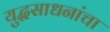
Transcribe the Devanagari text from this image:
युद्धसाधनांचा